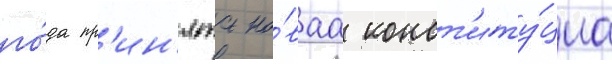
го́да пр'ин'ята но́ваа конст'иту́циа